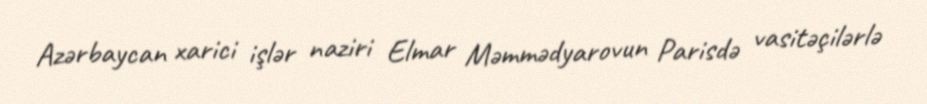
Azərbaycan xarici işlər naziri Elmar Məmmədyarovun Parisdə vasitəçilərlə